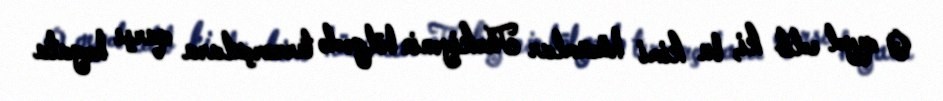
O qeyd edib ki, bu kimi hücumlar Türkiyənin bölgədə terrorçulara qarşı həyata